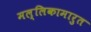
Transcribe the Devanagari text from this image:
मल्लिकामारुत